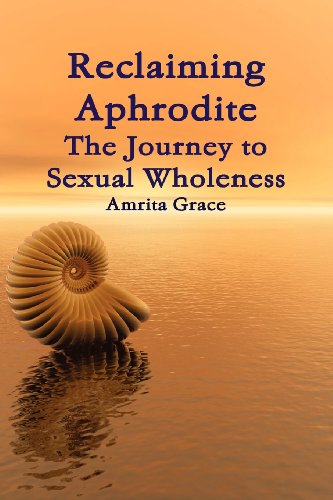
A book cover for Reclaiming Aphrodite-The Journey to Sexual Wholeness; Amrita Grace; Health, Fitness & Dieting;